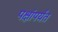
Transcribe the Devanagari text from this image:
पक्षांपर्यंत